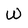
Character: W